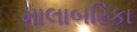
માલાબરિકા